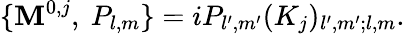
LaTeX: \{ \mathbf{M}^{0,j},\ P_{l,m}\} =iP_{l^{\prime},m^{\prime}}(K_{j})_{l^{\prime},m^{\prime};l,m}.